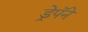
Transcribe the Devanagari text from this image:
ड्रेपॅने